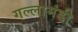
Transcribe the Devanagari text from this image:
गल्लामंडी